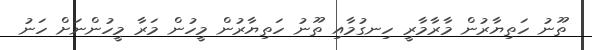
ތޫނު ހަތިޔާރުން މާރާމާރީ ހިނގުމާއި ތޫނު ހަތިޔާރުން މީހުން މަރާ މީހުންނަށް ހަނު